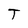
Character: T